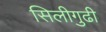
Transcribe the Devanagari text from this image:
सिलीगुढी